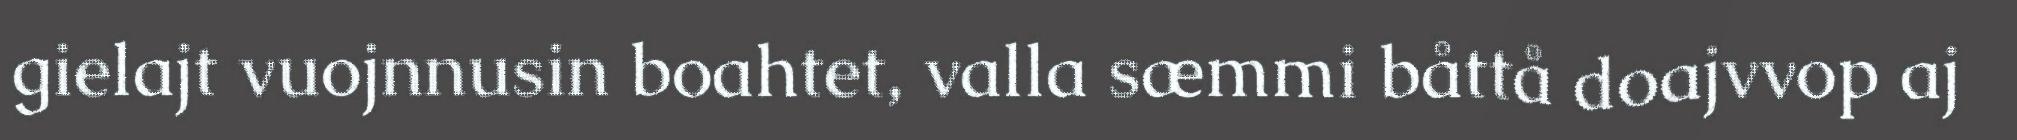
gielajt vuojnnusin boahtet, valla sæmmi båttå doajvvop aj